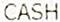
CASH